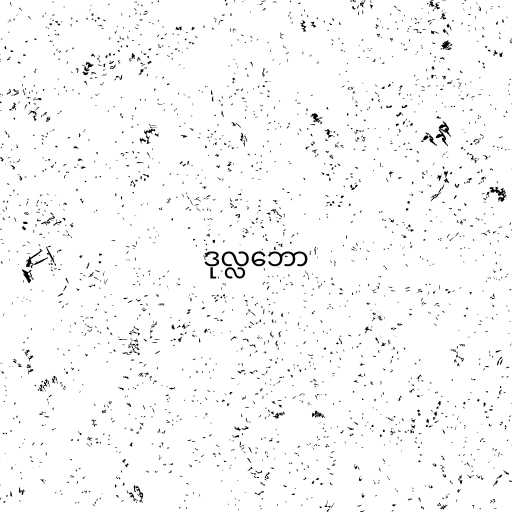
ဒုလ္လဘော